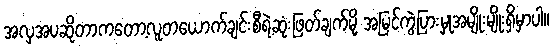
အလှအပဆိုတာကတော့လူတယောက်ချင်းစီရဲ့ဆုံးဖြတ်ချက်မို့ အမြင်ကွဲပြားမှုအမျိုးမျိုးရှိမှာပါ။